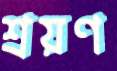
শ্রয়ণ